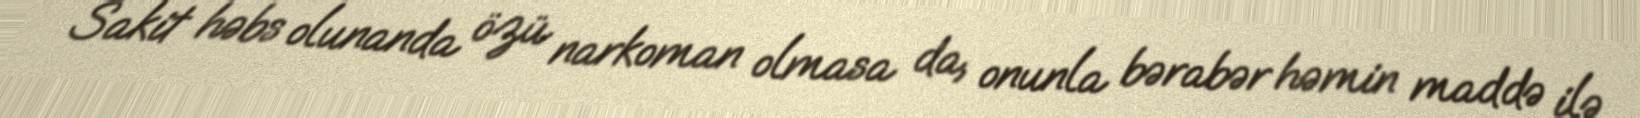
Sakit həbs olunanda özü narkoman olmasa da, onunla bərabər həmin maddə ilə